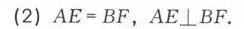
(2) $AE = BF$，$AE\perp BF$.